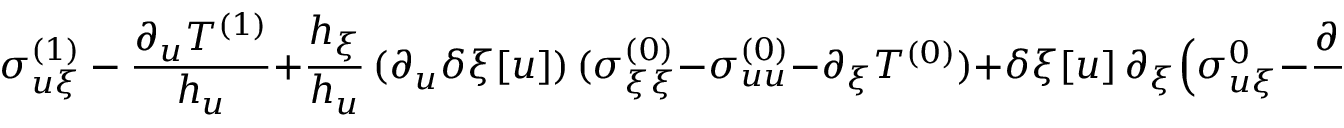
{ \sigma _ { u \xi } ^ { ( 1 ) } - \frac { \partial _ { u } T ^ { ( 1 ) } } { h _ { u } } } + \frac { h _ { \xi } } { h _ { u } } \, ( \partial _ { u } \delta \xi [ u ] ) \, ( \sigma _ { \xi \xi } ^ { ( 0 ) } - \sigma _ { u u } ^ { ( 0 ) } - \partial _ { \xi } T ^ { ( 0 ) } ) + \delta \xi [ u ] \, \partial _ { \xi } \Big ( \sigma _ { u \xi } ^ { 0 } - \frac { \partial _ { u } T ^ { ( 0 ) } } { h _ { u } } \Big ) = 0 \mathrm { ~ a ~ t ~ } \xi = \xi _ { 0 } \ . \